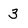
Character: 3